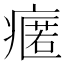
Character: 𭼟